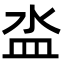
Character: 泴